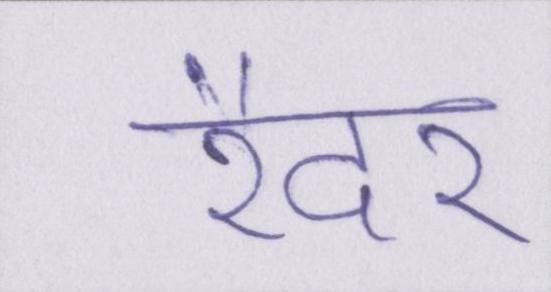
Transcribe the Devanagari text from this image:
रैदर